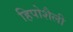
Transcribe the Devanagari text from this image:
हिपोशैली